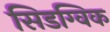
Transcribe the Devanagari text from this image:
सिडग्विक